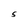
Character: S